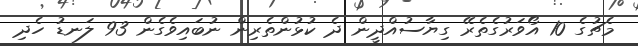
މެޗުގެ 10 އޯވަރުގެތެރޭ ގިޔާސުއްދީން ދެ ކުޅުންތެރިން ނުބައިވެގެން 93 ލަނޑު ހެދި